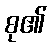
စု၏